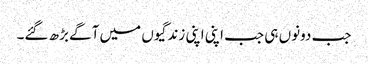
جب دونوں ہی جب اپنی اپنی زندگیوں میں آگے بڑھ گئے۔